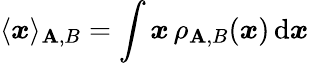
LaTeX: \langle{\boldsymbol{x}}\rangle_{\mathbf{A},B}=\int{\boldsymbol{x}}\, \rho_{\mathbf{A},B}({\boldsymbol{x}})\, \mathrm{{d}}{\boldsymbol{x}}